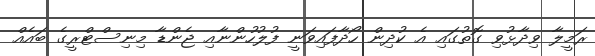
ރަމީލާ ވިދާޅުވި ގޮތުގައި އެ ކުދިން ހޯދާފައިވަނީ ފުލުހުންނާއި ޖެންޑާ މިނިސްޓްރީގެ ބައެއް